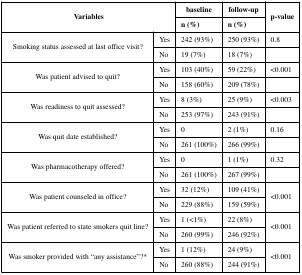
| <ROWSPAN=2-COLSPAN=2> Variables | baseline | follow-up | <ROWSPAN=2> p-value |
 | n (%) | n (%) |
 | --- | --- | --- | --- | --- |
 | <ROWSPAN=2> Smoking status assessed at last office visit? | Yes | 242 (93%) | 250 (93%) | 0.8 |
 | No | 19 (7%) | 18 (7%) |  |
 | <ROWSPAN=2> Was patient advised to quit? | Yes | 103 (40%) | 59 (22%) | <0.001 |
 | No | 158 (60%) | 209 (78%) |  |
 | <ROWSPAN=2> Was readiness to quit assessed? | Yes | 8 (3%) | 25 (9%) | <0.003 |
 | No | 253 (97%) | 243 (91%) |  |
 | <ROWSPAN=2> Was quit date established? | Yes | 0 | 2 (1%) | 0.16 |
 | No | 261 (100%) | 266 (99%) |  |
 | <ROWSPAN=2> Was pharmacotherapy offered? | Yes | 0 | 1 (1%) | 0.32 |
 | No | 261 (100%) | 267 (99%) |  |
 | <ROWSPAN=2> Was patient counseled in office? | Yes | 32 (12%) | 109 (41%) | <ROWSPAN=2> <0.001 |
 | No | 229 (88%) | 159 (59%) |
 | <ROWSPAN=2> Was patient referred to state smokers quit line? | Yes | 1 (<1%) | 22 (8%) | <ROWSPAN=2> <0.001 |
 | No | 260 (99%) | 246 (92%) |
 | <ROWSPAN=2> Was smoker provided with “any assistance”?* | Yes | 1 (12%) | 24 (9%) | <ROWSPAN=2> <0.001 |
 | No | 260 (88%) | 244 (91%) |